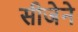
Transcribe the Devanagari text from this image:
सीजेने